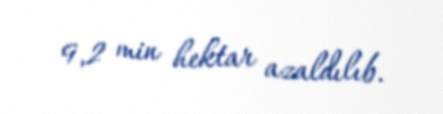
9,2 min hektar azaldılıb.